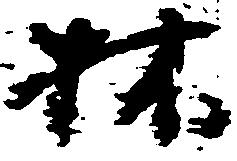
林